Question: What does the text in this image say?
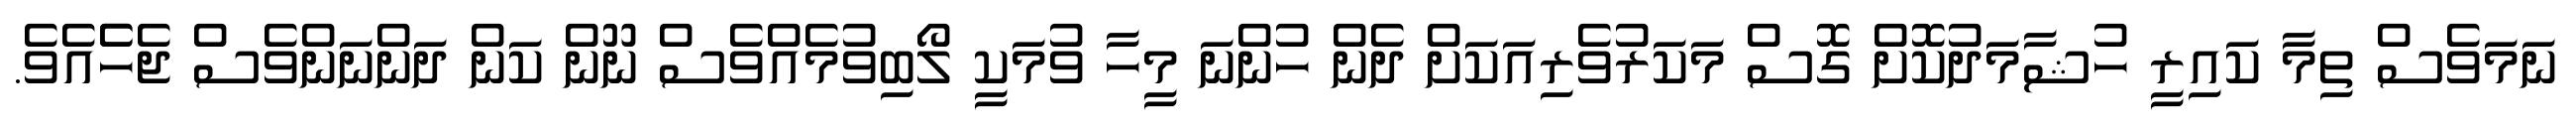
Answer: ނަމަވެސް ތިމާ ކައިރީ ހުޝާމަދުކޮށް ގޮސް މަކަރުވެރިއަކަށް ދެން ހުންނަ މީހާ ވުމަކީ ލޯބިވުމެއްވެސް ނޫން ކަން ދަންނަންވެސް ޖެހެެއެވެ.